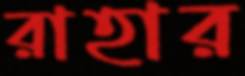
রাহার